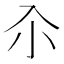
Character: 𡭗